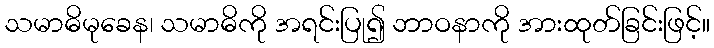
သမာဓိမုခေန၊ သမာဓိကို အရင်းပြု၍ ဘာဝနာကို အားထုတ်ခြင်းဖြင့်။